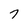
Character: 7